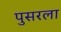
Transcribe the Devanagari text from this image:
पुसरला